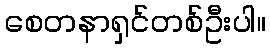
စေတနာရှင်တစ်ဦးပါ။